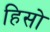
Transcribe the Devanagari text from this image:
हिसो